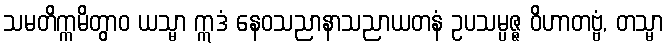
သမတိက္ကမိတွာဝ ယသ္မာ ဣဒံ နေဝသညာနာသညာယတနံ ဥပသမ္ပဇ္ဇ ဝိဟာတဗ္ဗံ, တသ္မာ